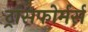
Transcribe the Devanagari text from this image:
ट्रांसफोर्मर्स